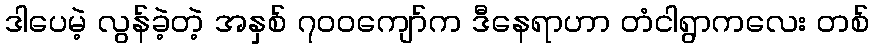
ဒါပေမဲ့ လွန်ခဲ့တဲ့ အနှစ် ၇၀၀ကျော်က ဒီနေရာဟာ တံငါရွာကလေး တစ်